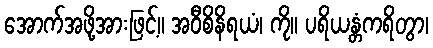
အောက်အဖို့အားဖြင့်။ အဝီစိနိရယံ၊ ကို။ ပရိယန္တံကရိတွာ၊